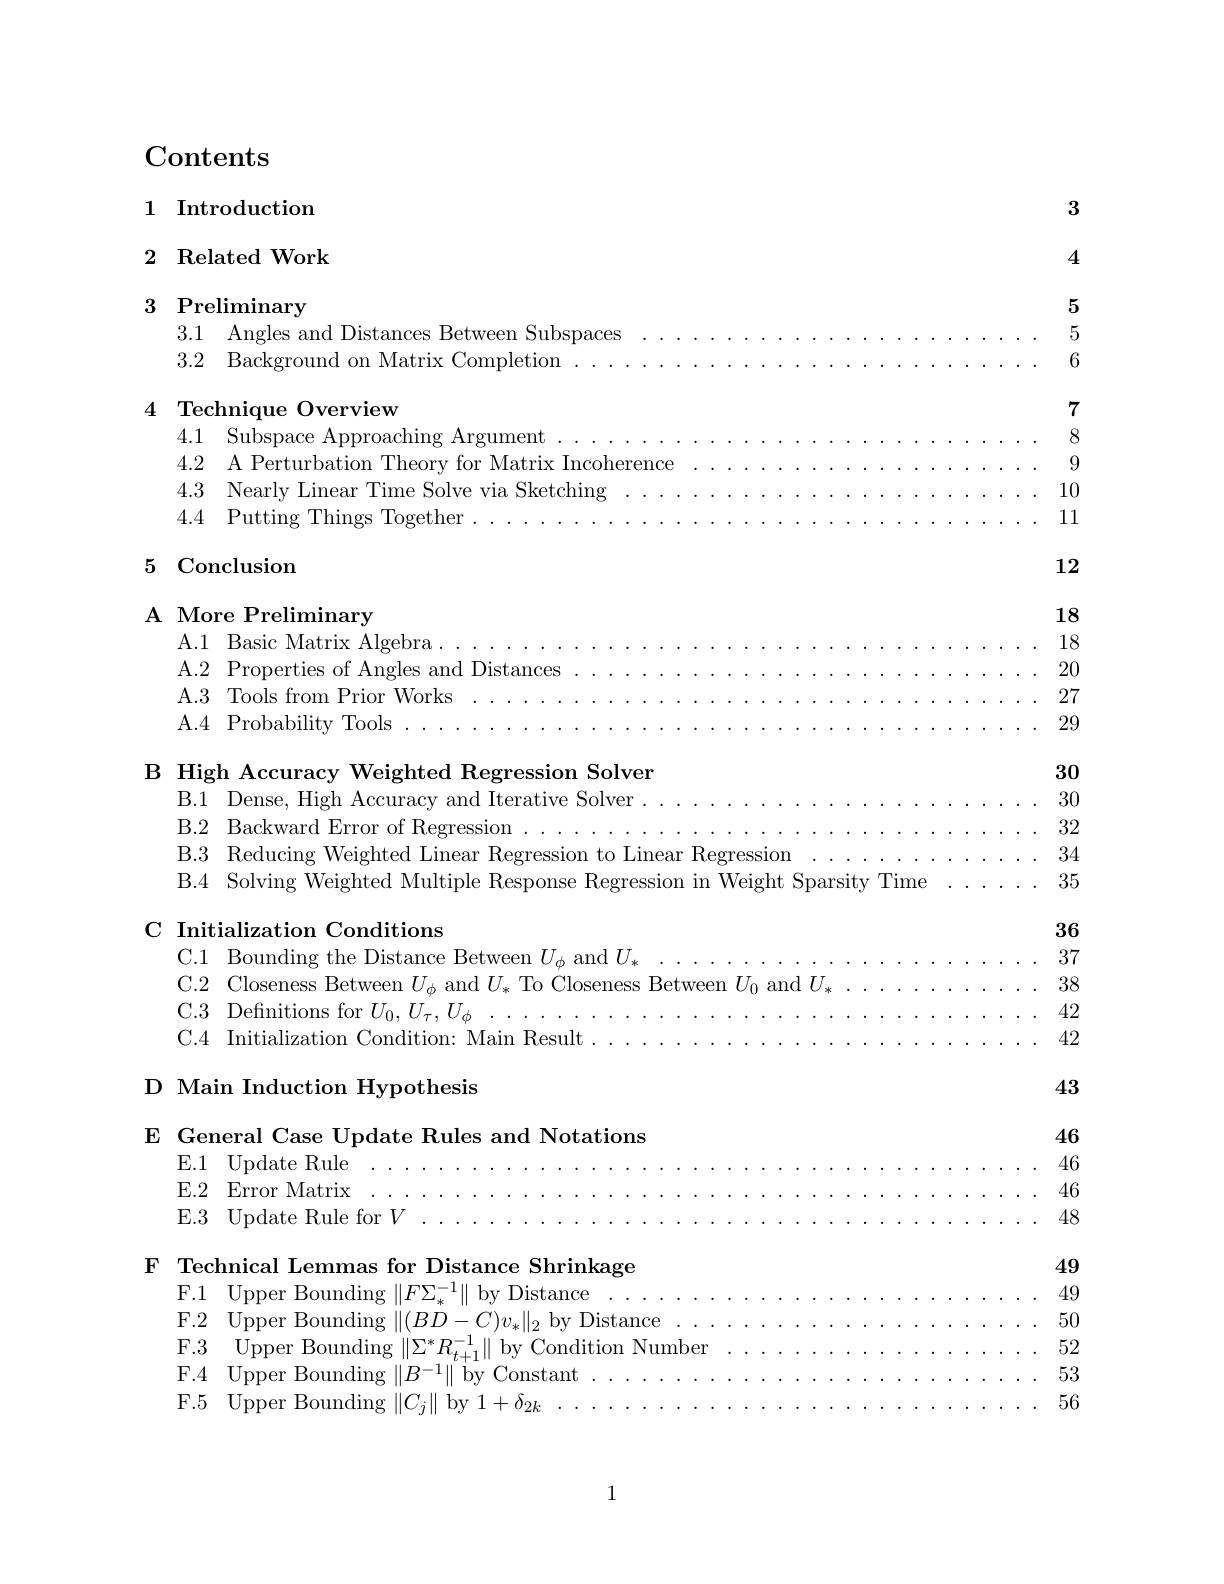
Contents

3

1 Introduction

2 Related Work

4

3 Preliminary

5

$\mathbf{t}.\mathbf{w}$eer

4 Technique Overview

3.1 Angles and Distances
Subsnaces
56
3.2 Background on Matrix Completion
78
4.1 Subspace Approaching Argument.
4.2 A Perturbation Theory for Matrix Incoherence
9
4.3 Nearly Linear Time Solve via Sketching
10
4.4 Putting Things Together
11

12

# 5 Conclusion

# A More Preliminary

18

18

A.1 Basic Matrix Algebra

A.2 Properties of Angles and Distances

20

27

A.3 Tools from Prior Works

A.4 Probability Tools ..

29

B High Accuracy Weighted Regression Solver
30
B.1 Dense, High Accuracy and Iterative Solver
30
B.2 Backward Error of Regression
32
B.3 Reducing Weighted Linear Regression to Linear Regression
34
B.4 Solving Weighted Multiple Response Regression in Weight Sparsity Time
35

C Initialization Conditions

3637
C.1 Bounding the Distance Between $U_\phi$ and $U_*$
C.2 Closeness Between $U_\phi$ and $U_*$ To Closeness Between $U_0$ and $U_*$
3842
C.3 Definitions for $U_0,U_\tau,U_\phi$
C.4 Initialization Condition: Main Result .
42

## D Main Induction Hypothesis

43

46

E General Case Update Rules and Notations
E.1${\mathrm{Update~Rule}}$

46
E.2 Error Matrix
46
E.3 Update Rule for $V$
48

F Technical Lemmas for Distance Shrinkage
4949
F. 1 Upper Bounding$\left\|F\Sigma_{*}^{-1}\right\|$by Distance
50
F.2 Upper Bounding $\|(BD-C)v_*\|_2$ by Distance
52
$\begin{array}{cc}{\mathrm{F.3}}&{\mathrm{Upper~Bounding~}\left\|\Sigma^{*}R_{t+1}^{-1}\right\|}&{\mathrm{by~Condition~Number}}\\{\mathrm{E.3}}&{\mathrm{Upper~Bounding~}\left\|\Sigma^{*}R_{t+1}^{-1}\right\|}&{\mathrm{by~Condition~Number}}\end{array}$
53
F.4 Upper Bounding $\|B^{-1}\|$ by Constant
56
F.5 Upper Bounding $\|C_j\|$ by 1$+\delta_2k$